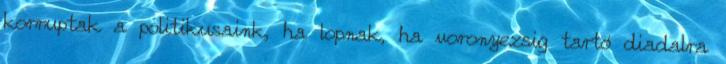
korruptak a politikusaink, ha lopnak, ha voronyezsig tartó diadalra